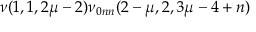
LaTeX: \nu ( 1 , 1 , 2 \mu - 2 ) \nu _ { 0 n n } ( 2 - \mu , 2 , 3 \mu - 4 + n )